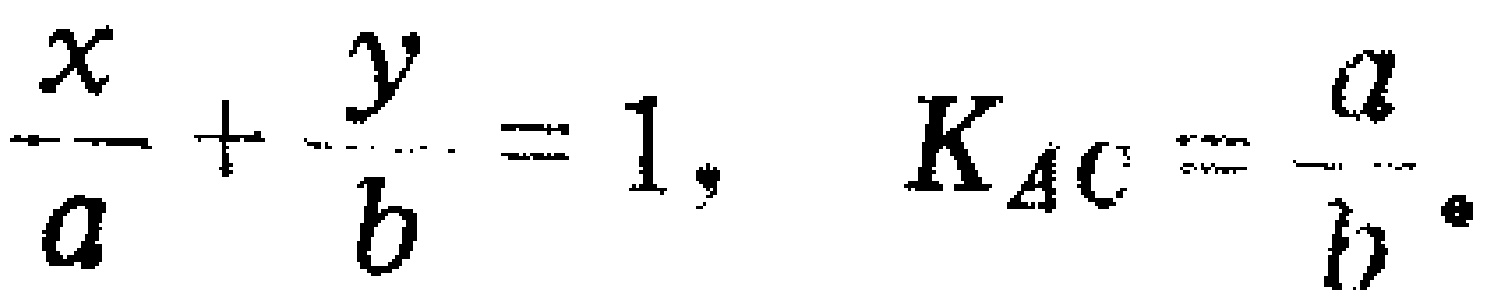
$\frac{x}{a}+\frac{y}{b}=1, \quad K_{AC}=\frac{a}{b} \text {. }$